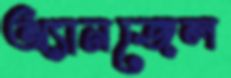
অ্যানজেল